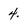
Character: 4